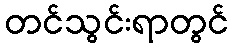
တင်သွင်းရာတွင်